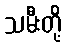
သမီးတို့